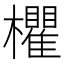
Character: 欋